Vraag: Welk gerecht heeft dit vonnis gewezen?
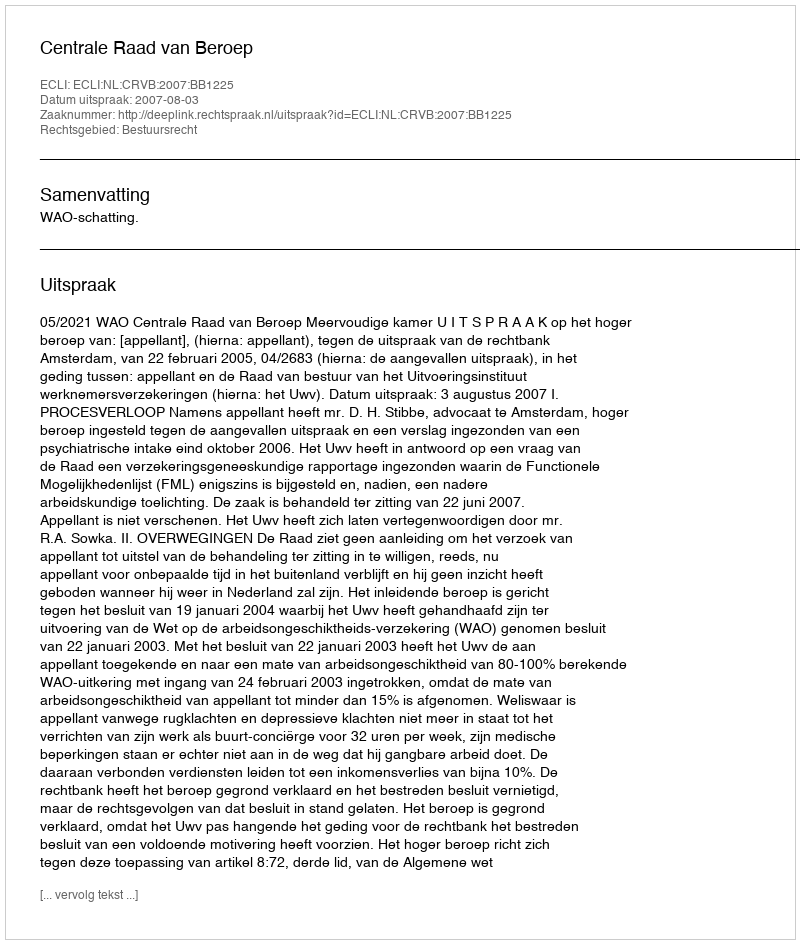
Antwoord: Centrale Raad van Beroep